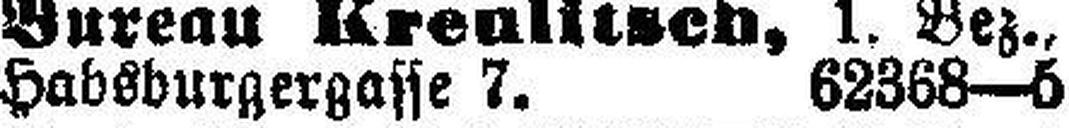
Habsburgergasse 7. 62368—5